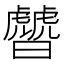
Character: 䖜